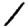
Digit: 1